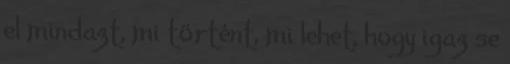
el mindazt, mi történt, mi lehet, hogy igaz se